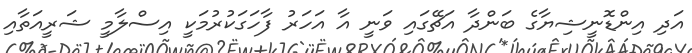
އަދި އިންޑޮނީޝިޔާގެ ބަންދާ އަޗޭގައި ވަނީ އާ އަހަރު ފާހަގަކުރުމަކީ އިސްލާމީ ޝަރީއަތާއި